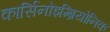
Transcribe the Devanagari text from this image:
कार्सिनोइम्ब्रियोनिक